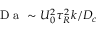
\mathrm { ~ D ~ a ~ } \sim U _ { 0 } ^ { 2 } \tau _ { R } ^ { 2 } k / D _ { c }